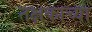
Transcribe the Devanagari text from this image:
तक्षकाच्या